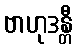
ဗာဟုဒန္တီ